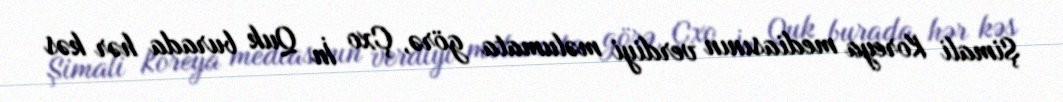
Şimali Koreya mediasının verdiyi məlumata görə, Çxo İn Quk burada hər kəs